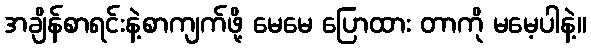
အချိန်စာရင်းနဲ့စာကျက်ဖို့ မေမေ ပြောထား တာကို မမေ့ပါနဲ့။